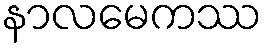
နာလမေကဿ